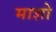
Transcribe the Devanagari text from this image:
माशो